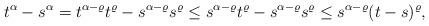
LaTeX: \begin{align*} t^{\alpha} - s^{\alpha}= t^{\alpha-\varrho} t^{\varrho} - s^{\alpha-\varrho} s^{\varrho}\leq s^{\alpha-\varrho} t^{\varrho} - s^{\alpha-\varrho} s^{\varrho}\leq s^{\alpha-\varrho} (t-s)^{\varrho},\end{align*}